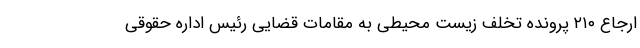
ارجاع ۲۱۰ پرونده تخلف زیست محیطی به مقامات قضایی رئیس اداره حقوقی